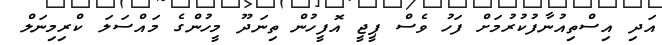
އަދި އިސްތިއުނާފުކުރުމަށް ފަހު ވެސް ޕީޖީ އޮފީހުން ތިނަދޫ މީހުންގެ މައްސަލަ ކްރިމިނަލް